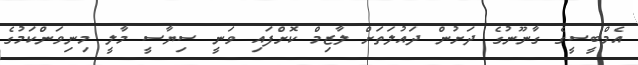
އެމްބީސީގެ ގާނޫނުގެ ދަށުން ދައުލަތަށް ލާޒިމް ކޮށްފައި ވަނީ ސިޔާސީ މާލީ މިނިވަންކަމުގެ